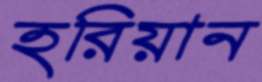
হরিয়ান